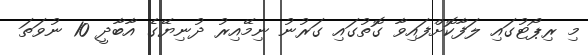
މި ރިޕޯޓުގައި ލަފާކޮށްފައިވާ ގޮތުގައި ގަރުނު ނިމޭއިރު ދުނިޔޭގެ އާބާދީ 10 ނުވަތަ